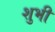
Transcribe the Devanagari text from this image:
शुभी